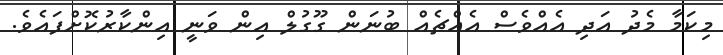
މިކަމާ މެދު އަދި އެއްވެސް އެއްޗެއް ބުނަން ގޫގުލް އިން ވަނީ އިންކާރުކޮށްފައެވެ.